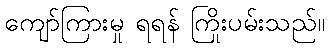
ကျော်ကြားမှု ရရန် ကြိုးပမ်းသည်။